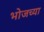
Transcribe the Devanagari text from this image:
भोजच्या